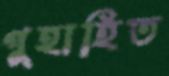
গুহাহিত